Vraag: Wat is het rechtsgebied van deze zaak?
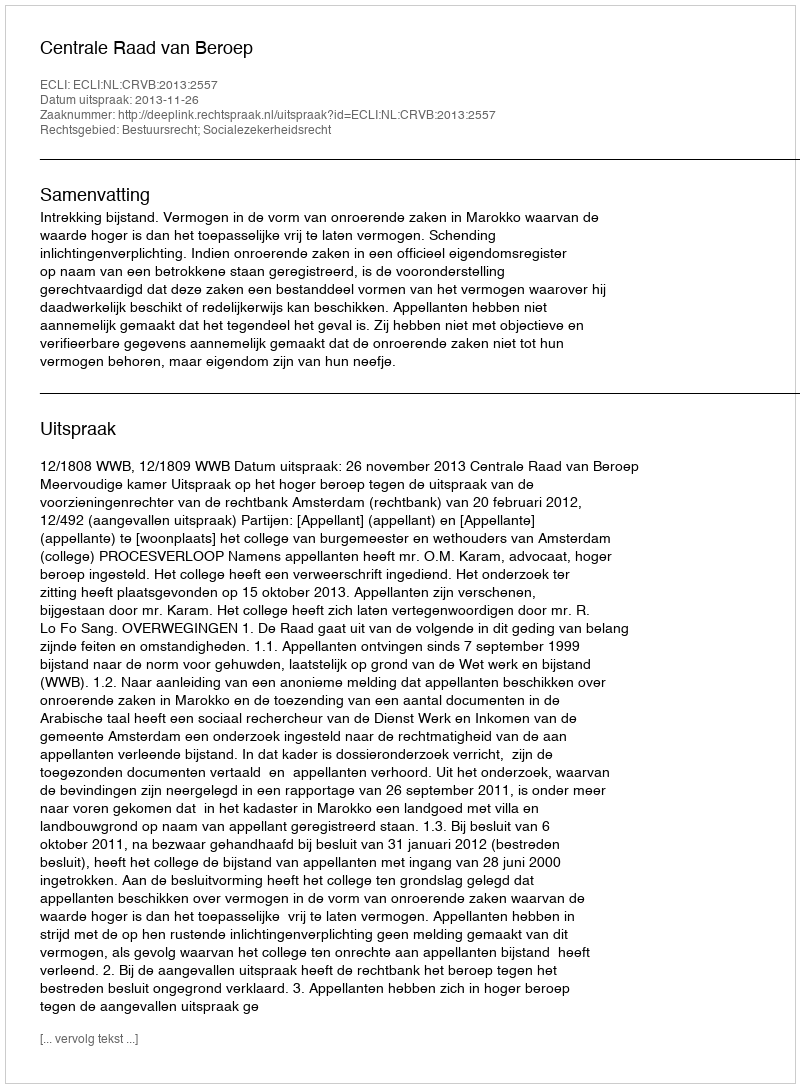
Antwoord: Bestuursrecht; Socialezekerheidsrecht